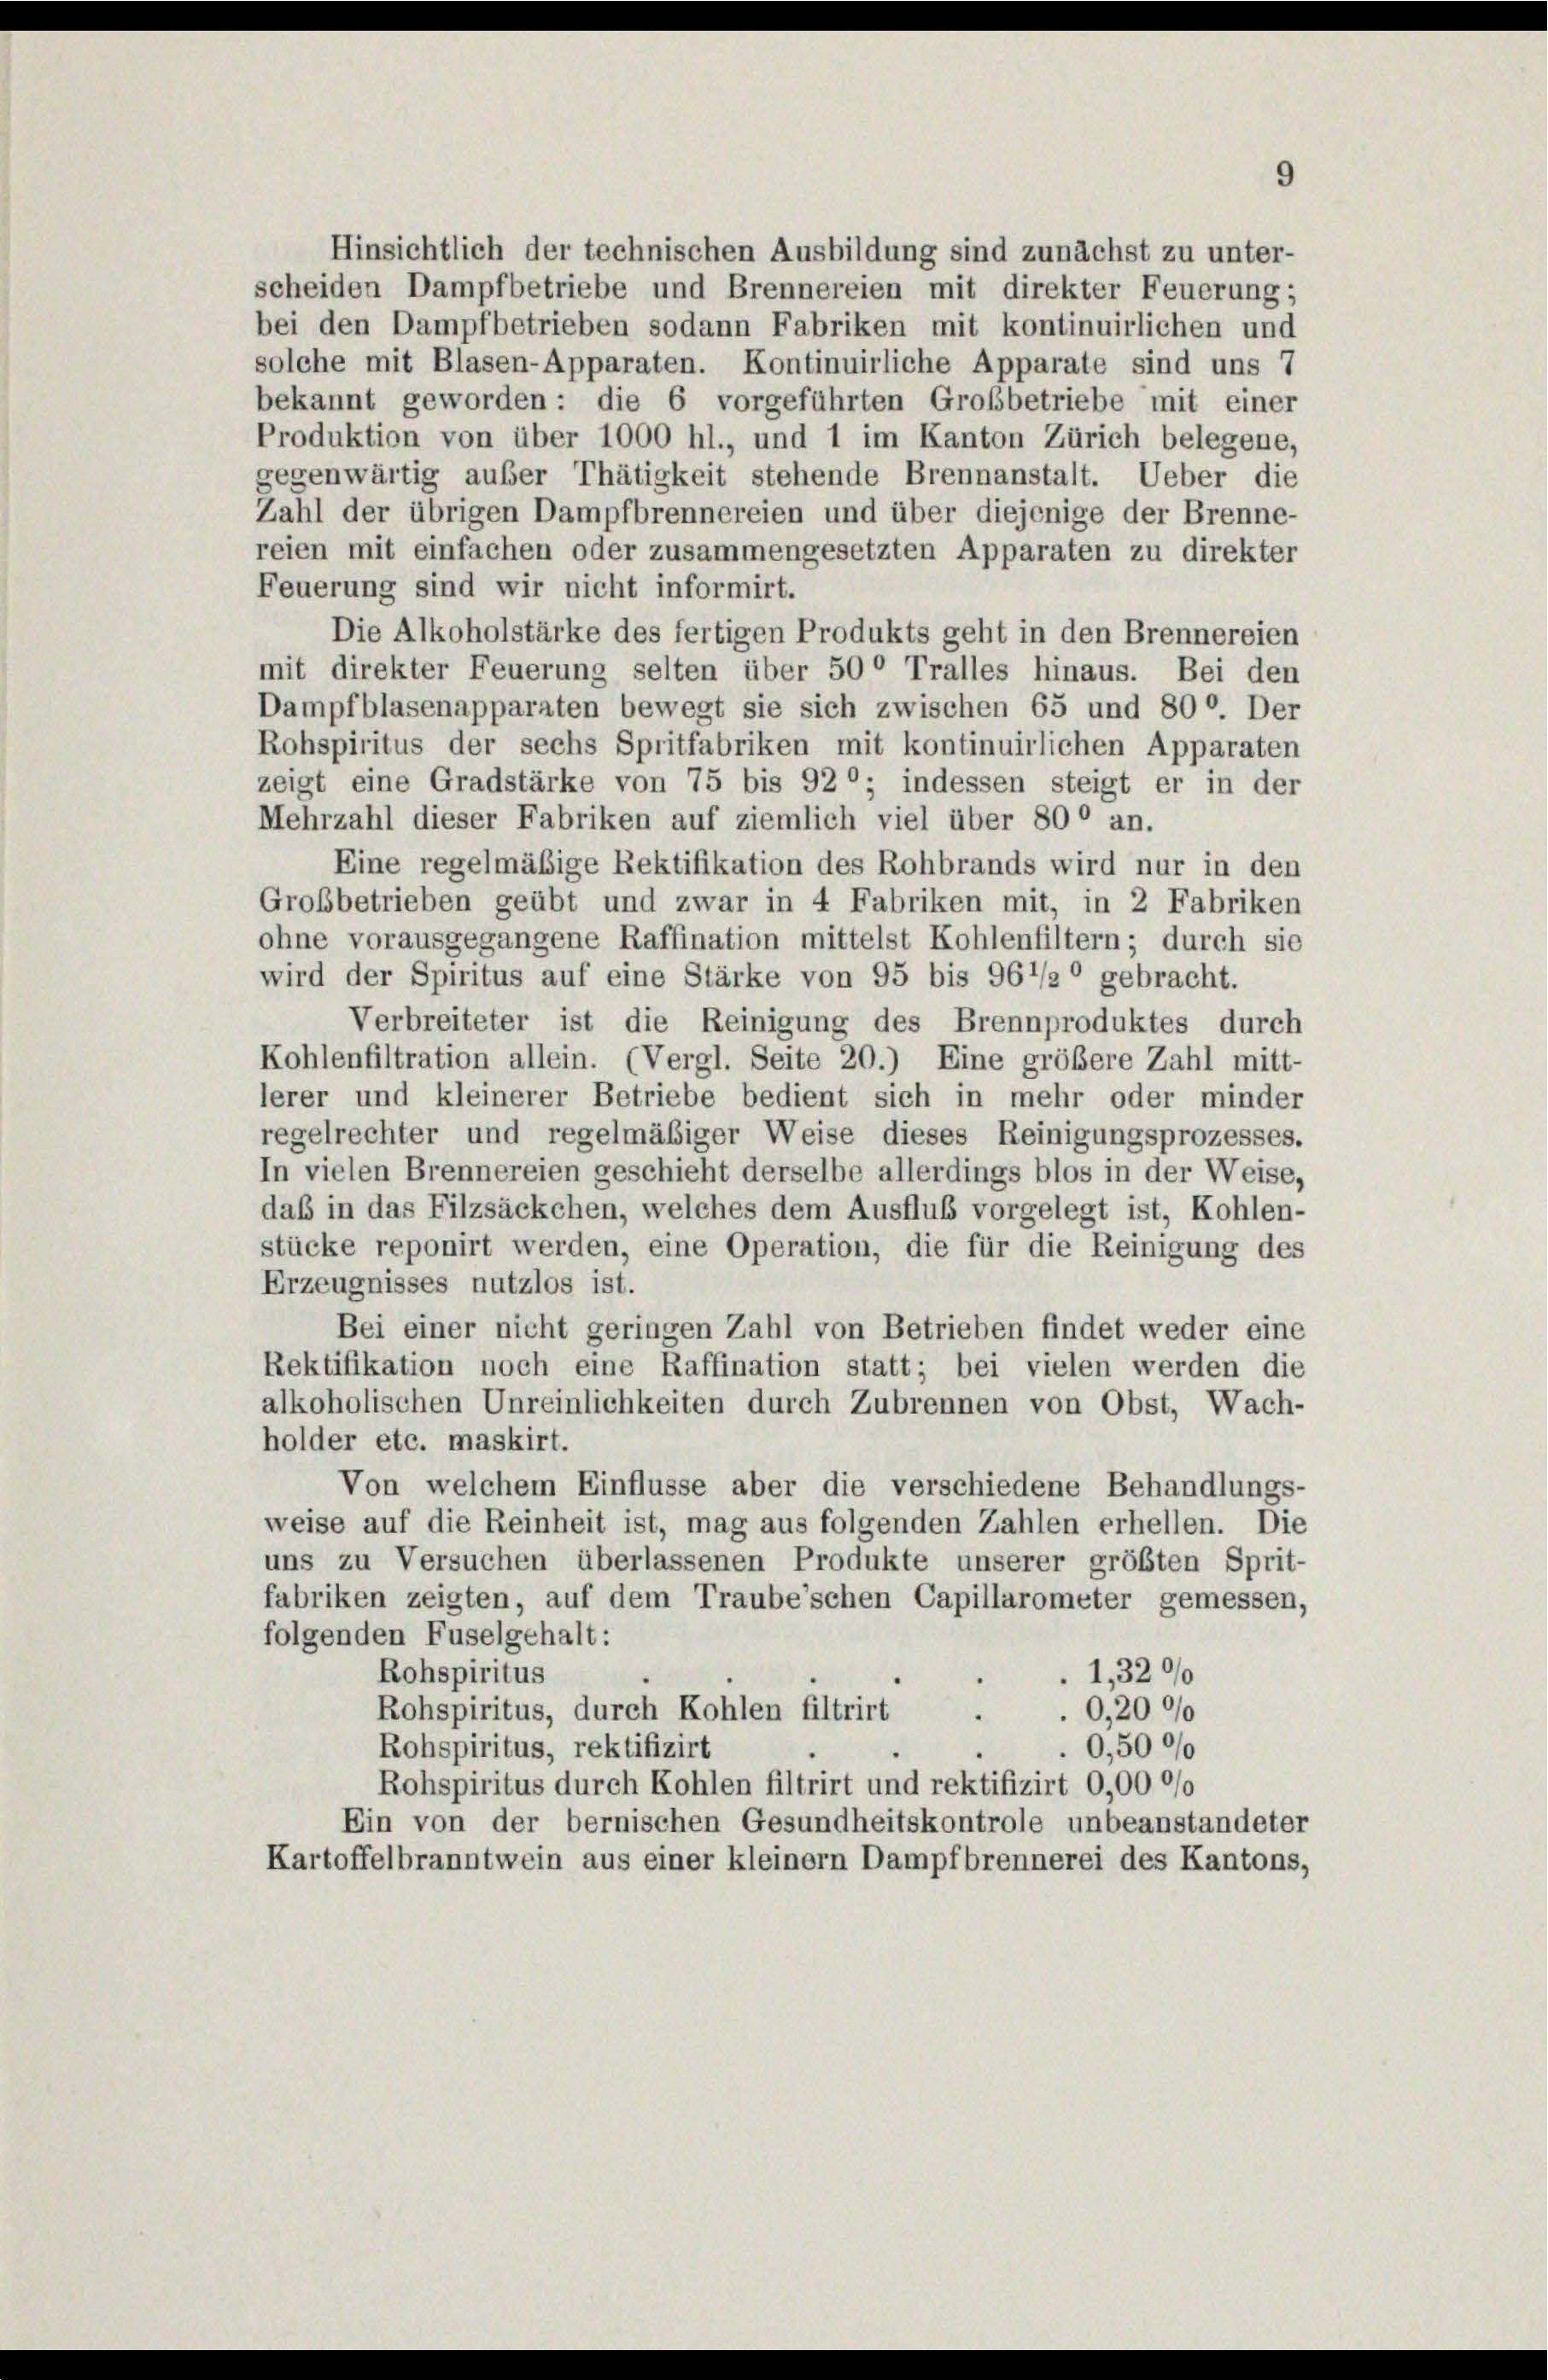
Hinsichtlich der technischen Ausbildung sind zunächst zu unter-
scheiden Dampfbetriebe und Brennereien mit direkter Feuerung;
bei den Dampfbetrieben sodann Fabriken mit kontinuirlichen und
solche mit Blasen-Apparaten. Kontinuirliche Apparate sind uns 7
bekannt geworden: die 6 vorgeführten Großbetriebe mit einer
Produktion von über 1000 hl., und 1 im Kanton Zürich belegene,
gegenwärtig außer Thätigkeit stehende Brennanstalt. Ueber die
Zahl der übrigen Dampfbrennereien und über diejenige der Brenne-
reien mit einfachen oder zusammengesetzten Apparaten zu direkter
Feuerung sind wir nicht informirt.
Die Alkoholstärke des fertigen Produkts geht in den Brennereien
mit direkter Feuerung selten über 50° Tralles hinaus. Bei den
Dampfblasenapparaten bewegt sie sich zwischen 65 und 800. Der
Rohspiritus der sechs Spritfabriken mit kontinuirlichen Apparaten
zeigt eine Gradstärke von 75 bis 920; indessen steigt er in der
Mehrzahl dieser Fabriken auf ziemlich viel über 800 an.
Eine regelmäßige Rektifikation des Rohbrands wird nur in den
Großbetrieben geübt und zwar in 4 Fabriken mit, in 2 Fabriken
ohne vorausgegangene Raffination mittelst Kohlenfiltern; durch sie
wird der Spiritus auf eine Stärke von 95 bis 961/2° gebracht.
Verbreiteter ist die Reinigung des Brennproduktes durch
Kohlenfiltration allein. (Vergl. Seite 20.) Eine größere Zahl mitt-
lerer und kleinerer Betriebe bedient sich in mehr oder minder
regelrechter und regelmäßiger Weise dieses Reinigungsprozesses.
In vielen Brennereien geschieht derselbe allerdings blos in der Weise,
daß in das Filzsäckchen, welches dem Ausfluß vorgelegt ist, Kohlen-
stücke reponirt werden, eine Operation, die für die Reinigung des
Erzeugnisses nutzlos ist.
Bei einer nicht geringen Zahl von Betrieben findet weder eine
Rektifikation noch eine Raffination statt; bei vielen werden die
alkoholischen Unreinlichkeiten durch Zubrennen von Obst, Wach-
holder etc. maskirt.
Von welchem Einflüsse aber die verschiedene Behandlungs-
weise auf die Reinheit ist, mag aus folgenden Zahlen erhellen. Die
uns zu Versuchen überlassenen Produkte unserer größten Sprit-
fabriken zeigten, auf dem Traube’schen Capillarometer gemessen,
folgenden Fuselgehalt:
Rohspiritus
1,3200
Rohspiritus, durch Kohlen filtrirt
0,2000
0,5000
Rohspiritus, rektifizirt
Rohspiritus durch Kohlen filtrirt und rektifizirt 0,000/0
Ein von der bernischen Gesundheitskontrole unbeanstandeter
Kartoffelbranntwein aus einer kleinem Dampfbrennerei des Kantons,